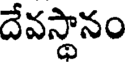
దేవస్థానం